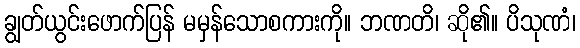
ချွတ်ယွင်းဖောက်ပြန် မမှန်သောစကားကို။ ဘဏတိ၊ ဆို၏။ ပိသုဏံ၊